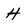
Character: H